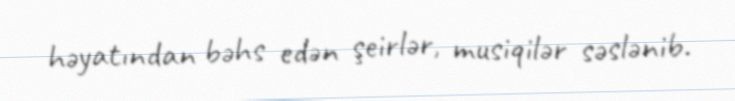
həyatından bəhs edən şeirlər, musiqilər səslənib.